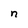
Character: n